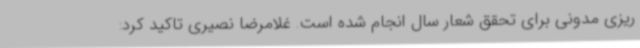
ریزی مدونی برای تحقق شعار سال انجام شده است. غلامرضا نصیری تاکید کرد: